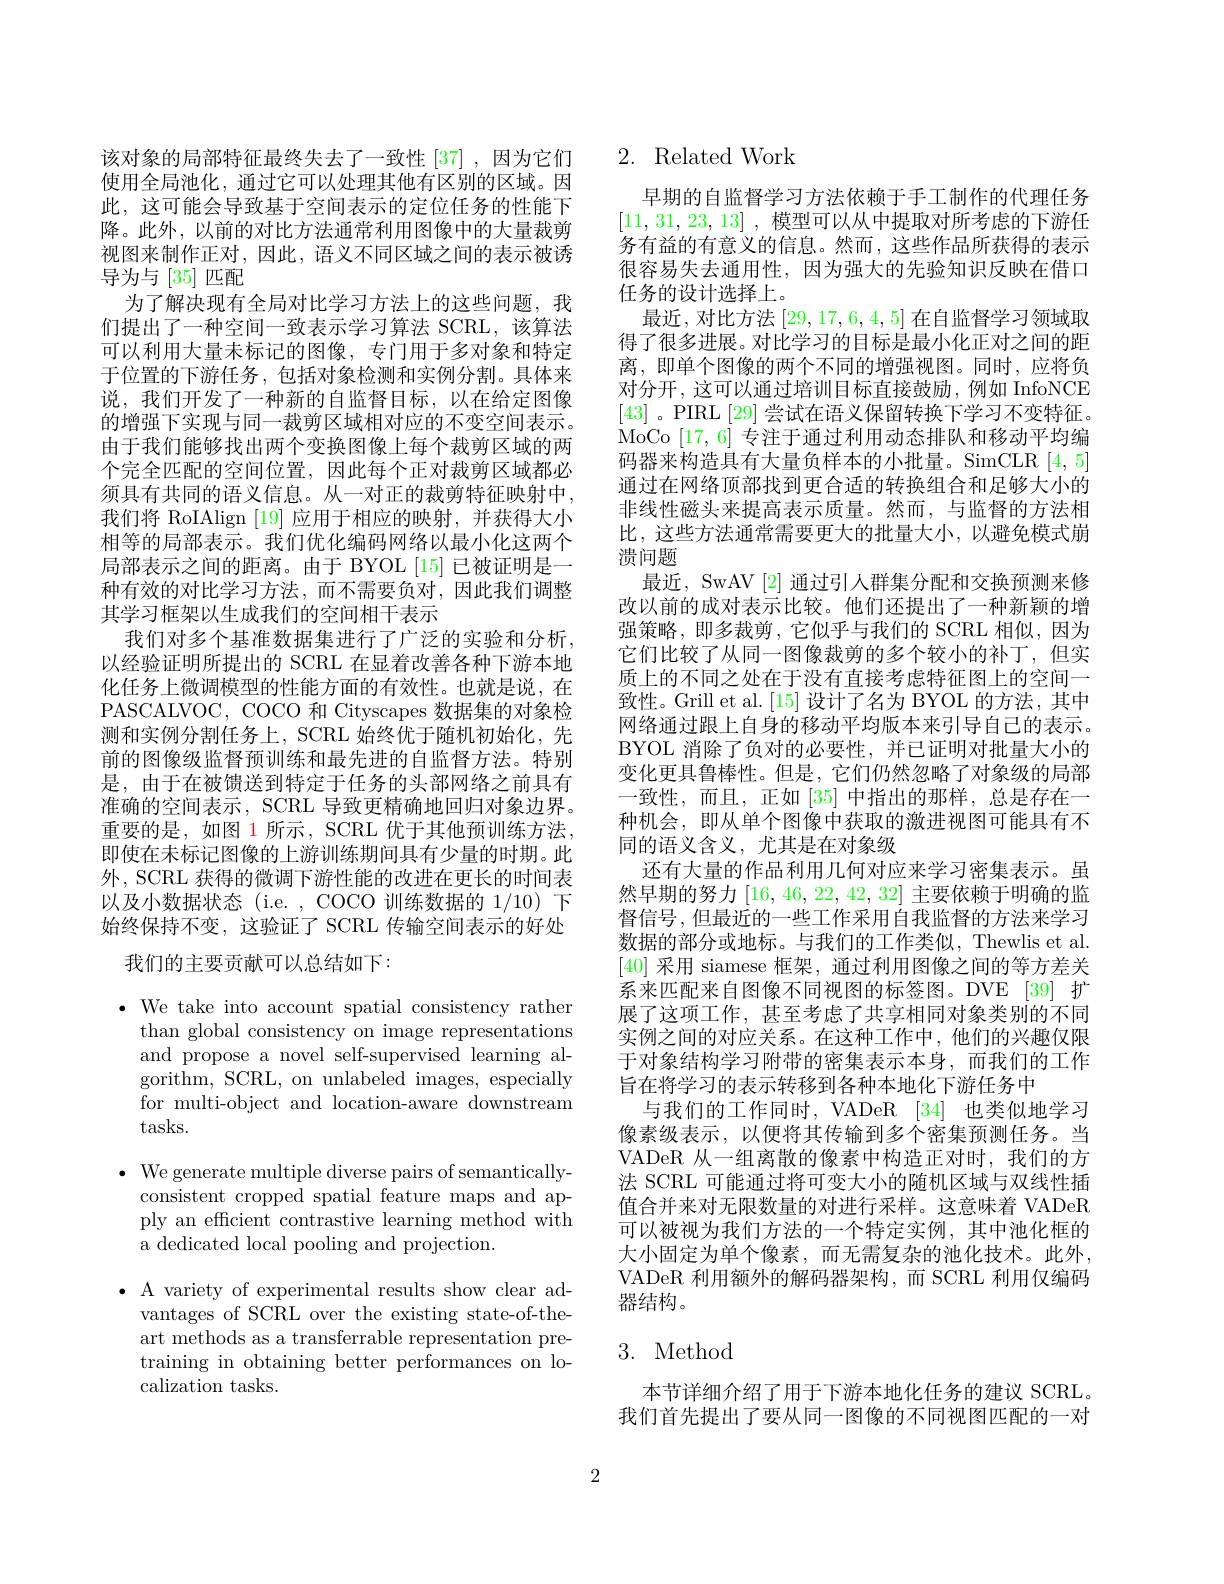
该对象的局部特征最终失去了一致性[37] ,因为它们使用全局池化，通过它可以处理其他有区别的区域。因此，这可能会导致基于空间表示的定位任务的性能下降。此外，以前的对比方法通常利用图像中的大量裁剪视图来制作正对，因此，语义不同区域之间的表示被诱导为与[35]匹配
为了解决现有全局对比学习方法上的这些问题，我们提出了一种空间一致表示学习算法 SCRL,该算法可以利用大量未标记的图像，专门用于多对象和特定于位置的下游任务，包括对象检测和实例分割。具体来说，我们开发了一种新的自监督目标，以在给定图像的增强下实现与同一裁剪区域相对应的不变空间表示。由于我们能够找出两个变换图像上每个裁剪区域的两个完全匹配的空间位置，因此每个正对裁剪区域都必须具有共同的语义信息。从一对正的裁剪特征映射中， 我们将 RoIAlign [19] 应用于相应的映射，并获得大小相等的局部表示。我们优化编码网络以最小化这两个局部表示之间的距离。由于 BYOL [15] 已被证明是一种有效的对比学习方法，而不需要负对，因此我们调整其学习框架以生成我们的空间相干表示
我们对多个基准数据集进行了广泛的实验和分析， 以经验证明所提出的 SCRL 在显着改善各种下游本地化任务上微调模型的性能方面的有效性。也就是说，在PASCALVOC, COCO 和 Cityscapes 数据集的对象检测和实例分割任务上，SCRL 始终优于随机初始化，先前的图像级监督预训练和最先进的自监督方法。特别是，由于在被馈送到特定于任务的头部网络之前具有准确的空间表示，SCRL 导致更精确地回归对象边界。重要的是，如图 1 所示，SCRL 优于其他预训练方法， 即使在未标记图像的上游训练期间具有少量的时期。此外，SCRL 获得的微调下游性能的改进在更长的时间表以及小数据状态 (i.e. , COCO 训练数据的1/10)下始终保持不变，这验证了 SCRL 传输空间表示的好处
我们的主要贡献可以总结如下：

$\cdot$ We take into account spatial consistency rather than global consistency on image representations and propose a novel self-supervised learning algorithm, SCRL, on unlabeled images, especially for multi-object and location-aware downstream tasks.

$\bullet$ We generate multiple diverse pairs of semantically-
consistent cropped spatial feature maps and apply an efficient contrastive learning method with a dedicated local pooling and projection.

$\bullet$ A variety of experimental results show clear ad-
vantages of SCRL over the existing state-of-theart methods as a transferrable representation pretraining in obtaining better performances on localization tasks.

## 2. Related Work

早期的自监督学习方法依赖于手工制作的代理任务[11,31,23,13] ,模型可以从中提取对所考虑的下游任务有益的有意义的信息。然而，这些作品所获得的表示很容易失去通用性，因为强大的先验知识反映在借口任务的设计选择上。
最近，对比方法[29,17,6,4,5]在自监督学习领域取得了很多进展。对比学习的目标是最小化正对之间的距离，即单个图像的两个不同的增强视图。同时，应将负对分开，这可以通过培训目标直接鼓励，例如 InfoNCE [43]。PIRL[29]尝试在语义保留转换下学习不变特征。MoCo [17,6]专注于通过利用动态排队和移动平均编码器来构造具有大量负样本的小批量。SimCLR [4,5] 通过在网络顶部找到更合适的转换组合和足够大小的非线性磁头来提高表示质量。然而，与监督的方法相比，这些方法通常需要更大的批量大小，以避免模式崩溃问题
最近，SwAV [2] 通过引人群集分配和交换预测来修改以前的成对表示比较。他们还提出了一种新颖的增强策略，即多裁剪，它似乎与我们的 SCRL 相似，因为它们比较了从同一图像裁剪的多个较小的补丁，但实质上的不同之处在于没有直接考虑特征图上的空间一致性。Grill et al. [15] 设计了名为 BYOL 的方法，其中网络通过跟上自身的移动平均版本来引导自己的表示。BYOL 消除了负对的必要性，并已证明对批量大小的变化更具鲁棒性。但是，它们仍然忽略了对象级的局部一致性，而且，正如[35]中指出的那样，总是存在一种机会，即从单个图像中获取的激进视图可能具有不同的语义含义，尤其是在对象级
还有大量的作品利用几何对应来学习密集表示。虽然早期的努力[16,46,22,42,32]主要依赖于明确的监督信号，但最近的一些工作采用自我监督的方法来学习数据的部分或地标。与我们的工作类似，Thewlis et al [40]采用 siamese 框架，通过利用图像之间的等方差关系来匹配来自图像不同视图的标签图。DVE [39] 扩展了这项工作，甚至考虑了共享相同对象类别的不同实例之间的对应关系。在这种工作中，他们的兴趣仅限于对象结构学习附带的密集表示本身，而我们的工作旨在将学习的表示转移到各种本地化下游任务中
与我们的工作同时，VADeR [34] 也类似地学习像素级表示，以便将其传输到多个密集预测任务。当VADeR 从一组离散的像素中构造正对时，我们的方法 SCRL 可能通过将可变大小的随机区域与双线性插值合并来对无限数量的对进行采样。这意味着 VADeR 可以被视为我们方法的一个特定实例，其中池化框的大小固定为单个像素，而无需复杂的池化技术。此外， VADeR 利用额外的解码器架构，而 SCRL 利用仅编码器结构。

## 3. Method

本节详细介绍了用于下游本地化任务的建议 SCRL。我们首先提出了要从同一图像的不同视图匹配的一对

2